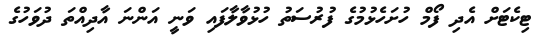
ޓިކެޓަށް އެދި ފޯމް ހުށަހެޅުމުގެ ފުރުސަތު ހުޅުވާލާފައި ވަނީ އަންނަ އާދިއްތަ ދުވަހުގެ